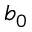
b _ { 0 }